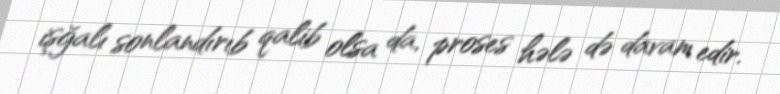
işğalı sonlandırıb qalib olsa da, proses hələ də davam edir.